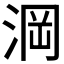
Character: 𣷣